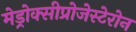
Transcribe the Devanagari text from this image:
मेड्रोक्सीप्रोजेस्टेरोन